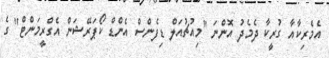
އެމެރިކާއާ ގުރީކާ ދެމެދު އޮންނަ "މިއުޗުއަލް ޑިފެންސް އެންޑް ކޯޕަރޭޝަން އެގްރީމަންޓް" ގެ